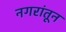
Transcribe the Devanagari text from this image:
नगरांतून